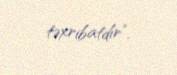
təxribatdır”.